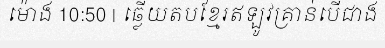
ម៉ោង 10:50 | ឆ្លើយតបខ្មែរឥឡូវគ្រាន់បើជាង